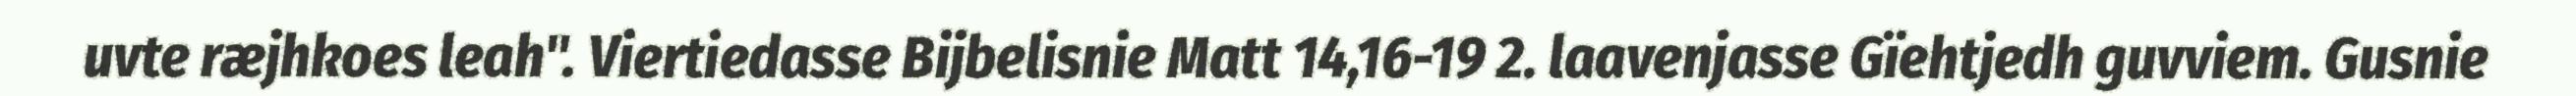
uvte ræjhkoes leah". Viertiedasse Bijbelisnie Matt 14,16-19 2. laavenjasse Gïehtjedh guvviem. Gusnie